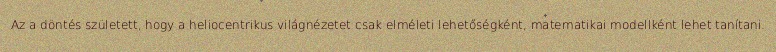
Az a döntés született, hogy a heliocentrikus világnézetet csak elméleti lehetőségként, matematikai modellként lehet tanítani.